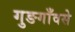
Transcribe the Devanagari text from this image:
गुङगाँवसे